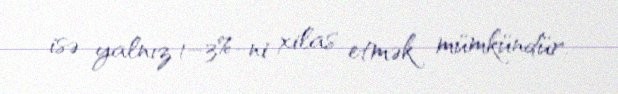
isə yalnız 1–3%-ni xilas etmək mümkündür.